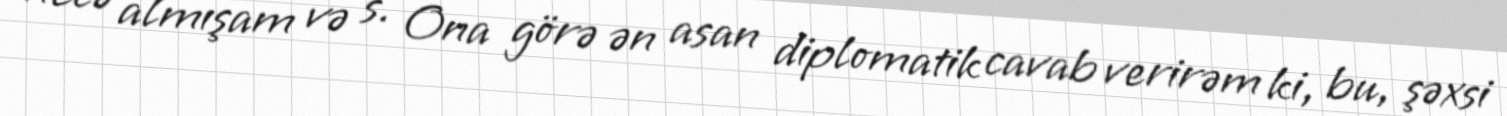
necə almışam və s. Ona görə ən asan diplomatik cavab verirəm ki, bu, şəxsi